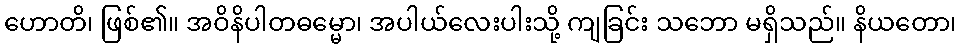
ဟောတိ၊ ဖြစ်၏။ အဝိနိပါတဓမ္မော၊ အပါယ်လေးပါးသို့ ကျခြင်း သဘော မရှိသည်။ နိယတော၊